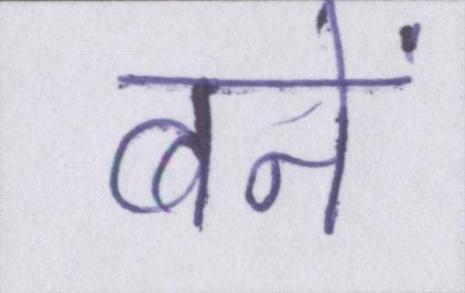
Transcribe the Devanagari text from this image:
बनें